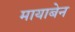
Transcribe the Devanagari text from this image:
मायाबेन